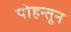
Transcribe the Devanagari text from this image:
पोहन्तून